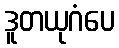
ဒူတယုဂံပေ